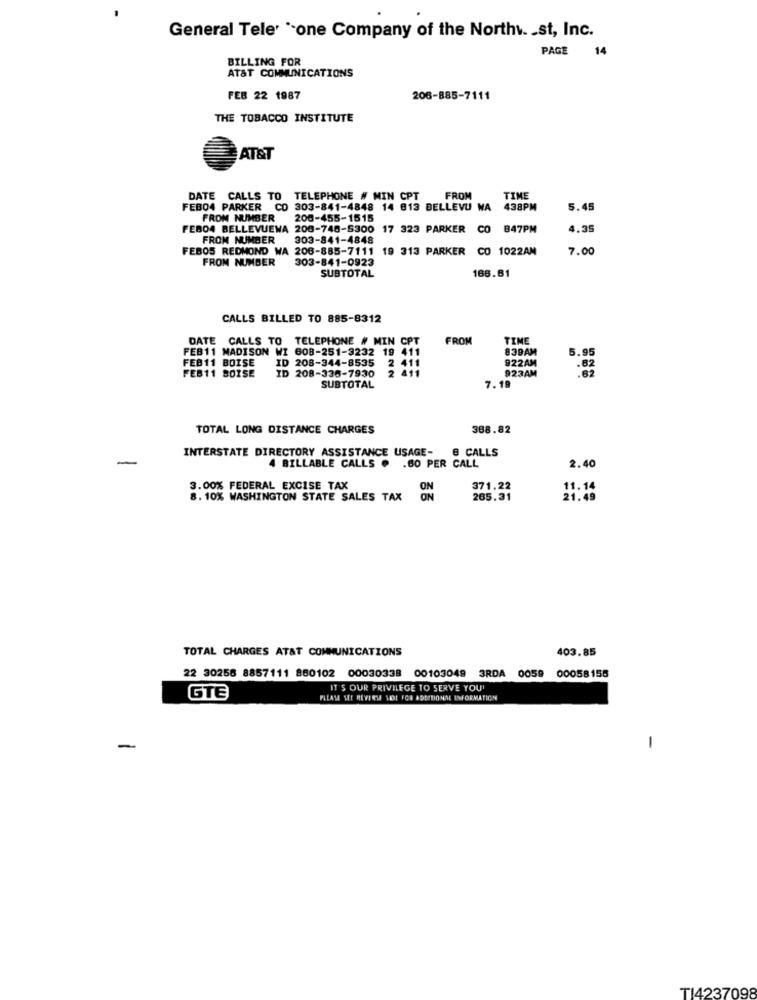
General Tele *- one Company of the North. . st, Inc.
BILLING FOR
PAGE 14
AT&T COMMUNICATIONS
FEB 22 1987
206-885-7111
THE TOBACCO INSTITUTE
AT&T
DATE CALLS TO
TELEPHONE # MIN CPT
FROM
TIME
FEB04 PARKER CO 303-841-4848 14 813 BELLEVU WA
438PM
5.45
FROM NUMBER
200-455-1515
FEBO4 BELLEVUEWA 208-748-5300 17 323 PARKER CO 847PM
4.35
FROM NUMBER
303-841-4848
FEBOS REDMOND WA 206-885-7111 19 313 PARKER CO 1022AM
7.00
FROM NUMBER
303-841-0923
SUBTOTAL
166.61
CALLS BILLED TO 885-8312
DATE CALLS TO TELEPHONE # MIN CPT
FROM
TIME
FEB11 MADISON WI 608-251-3232 19 411
839AM
5.95
FEB11 BOISE
ID 208-344-8535 2 411
ID 208-336-7930
2 411
922AM
923AM
FEB11 BOISE
SUBTOTAL
7.19
TOTAL LONG DISTANCE CHARGES
388.82
INTERSTATE DIRECTORY ASSISTANCE USAGE-
-
4 BILLABLE CALLS . . 60 PER CALL
8 CALLS
2.40
3.00% FEDERAL EXCISE TAX
371.22
11.14
8. 10% WASHINGTON STATE SALES TAX
265.31
TOTAL CHARGES AT&T COMMUNICATIONS
403.85
22 30258 8857111 860102 00030338 00103049
3RDA 0059
00058155
IT'S OUR PRIVILEGE TO SERVE YOU'
GTE
-
-
T14237098